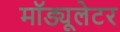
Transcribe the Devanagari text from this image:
मॉड्यूलेटर